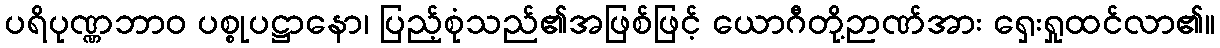
ပရိပုဏ္ဏဘာဝ ပစ္စုပဋ္ဌာနော၊ ပြည့်စုံသည်၏အဖြစ်ဖြင့် ယောဂီတို့ဉာဏ်အား ရှေးရှုထင်လာ၏။